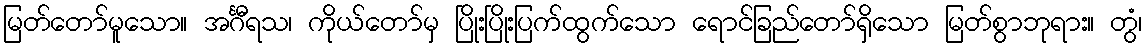
မြတ်တော်မူသော။ အင်္ဂီရသ၊ ကိုယ်တော်မှ ပြိုးပြိုးပြက်ထွက်သော ရောင်ခြည်တော်ရှိသော မြတ်စွာဘုရား။ တွံ၊